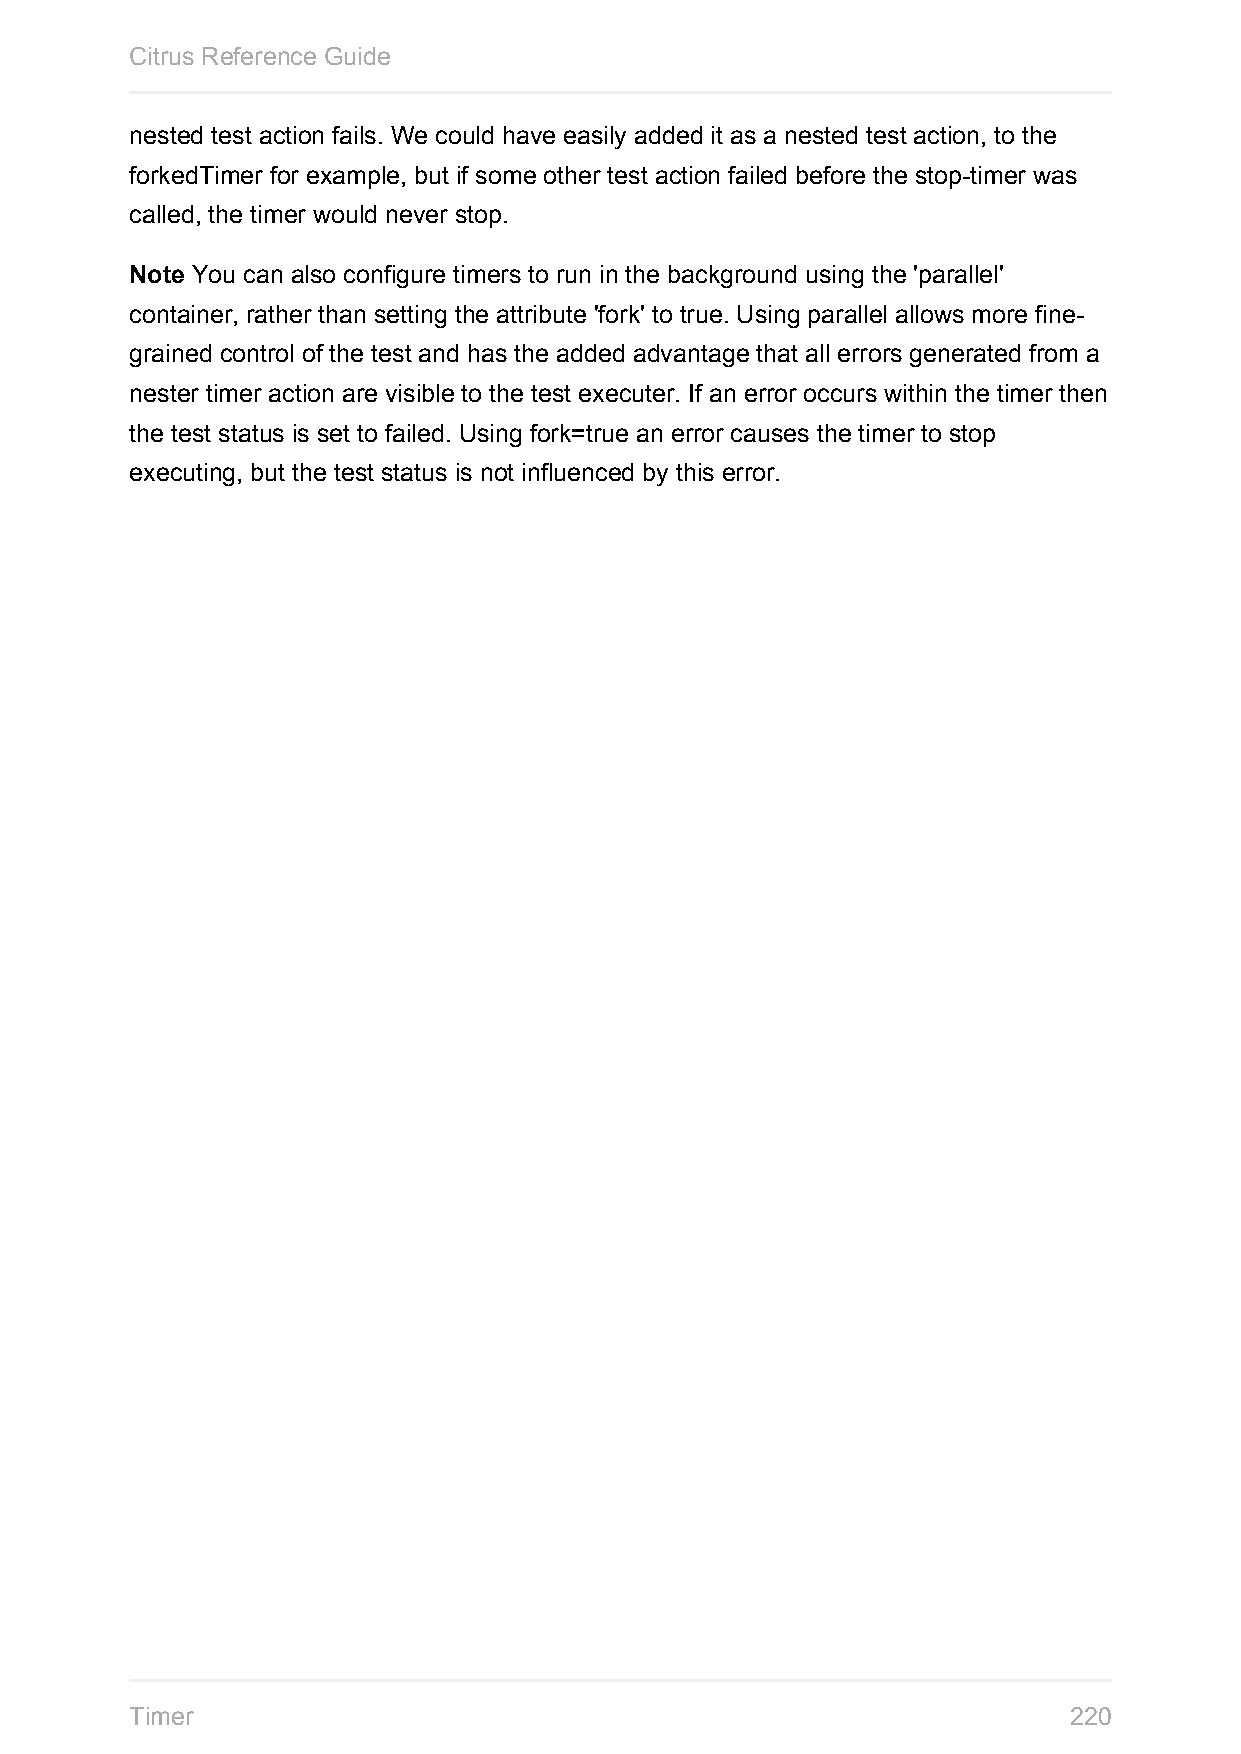
Citrus Reference Guide
 nested test action fails. We could have easily added it as a nested test action, to the
 forkedTimer for example, but if some other test action failed before the stop-timer was
 called, the timer would never stop.
 Note You can also configure timers to run in the background using the 'parallel'
 container, rather than setting the attribute 'fork' to true. Using parallel allows more fine-
 grained control of the test and has the added advantage that all errors generated from a
 nester timer action are visible to the test executer. If an error occurs within the timer then
 the test status is set to failed. Using fork=true an error causes the timer to stop
 executing, but the test status is not influenced by this error.
 Timer                                                         220